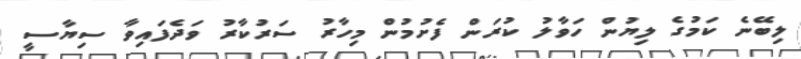
ލިބޭނެ ކަމުގެ ލިޔުން ހަވާލު ކުރަން ފެށުމުން މިހާރު ސަރުކާރު ވަދެފައިވާ ސިޔާސީ